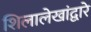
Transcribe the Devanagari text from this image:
शिलालेखांद्वारे